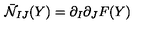
\bar { \cal N } _ { I J } ( Y ) = \partial _ { I } \partial _ { J } F ( Y )